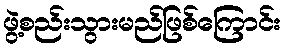
ဖွဲ့စည်းသွားမည်ဖြစ်ကြောင်း